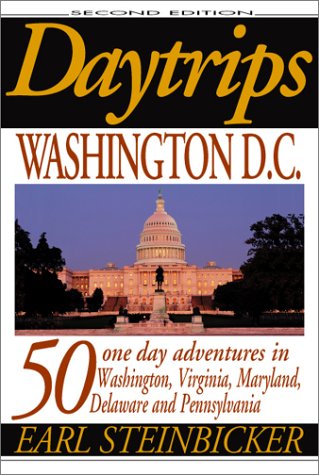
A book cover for Daytrips Washington D.C.: 50 One Day Adventures in Washington, Virginia, Maryland, Delaware, and Pennsylvania (2nd Edition); Earl Steinbicker; Travel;